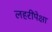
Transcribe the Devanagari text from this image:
लहरींपेक्षा